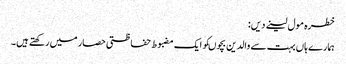
خطرہ مول لینے دیں:
ہمارے ہاں بہت سے والدین بچوںکو ایک مضبوط حفاظتی حصار میں رکھتے ہیں۔